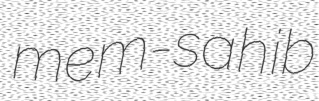
mem-sahib